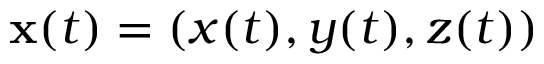
\mathbf { x } ( t ) = ( x ( t ) , y ( t ) , z ( t ) )